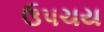
ઉપચય